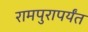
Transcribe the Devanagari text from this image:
रामपुरापर्यंत